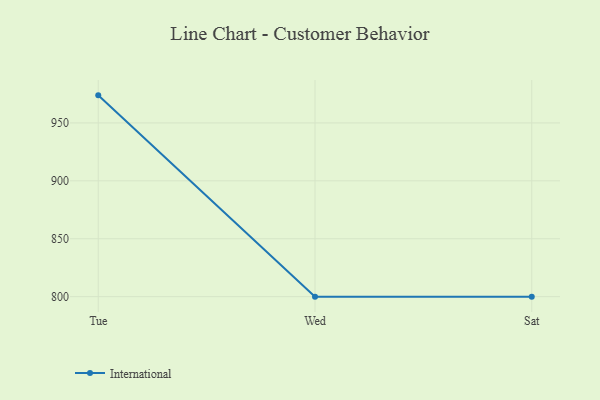
{"axis": {"x": "Day", "y": "Budget (USD K)"}, "legend": ["International"], "data": [{"x": "Tue", "y": 973.8, "type": "International"}, {"x": "Wed", "y": 800, "type": "International"}, {"x": "Sat", "y": 800, "type": "International"}]}